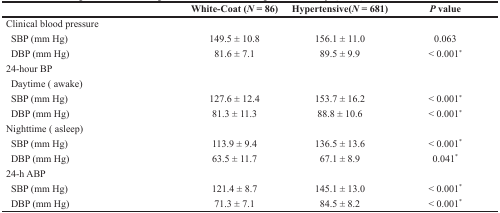
|  | White-Coat (N = 86) | Hypertensive(N = 681) | P value |
 | --- | --- | --- | --- |
 | Clinical blood pressure |  |  |  |
 | SBP (mm Hg) | 149.5 ± 10.8 | 156.1 ± 11.0 | 0.063 |
 | DBP (mm Hg) | 81.6 ± 7.1 | 89.5 ± 9.9 | < 0.001* |
 | 24-hour BP |  |  |  |
 | Daytime ( awake) |  |  |  |
 | SBP (mm Hg) | 127.6 ± 12.4 | 153.7 ± 16.2 | < 0.001* |
 | DBP (mm Hg) | 81.3 ± 11.3 | 88.8 ± 10.6 | < 0.001* |
 | Nighttime ( asleep) |  |  |  |
 | SBP (mm Hg) | 113.9 ± 9.4 | 136.5 ± 13.6 | < 0.001* |
 | DBP (mm Hg) | 63.5 ± 11.7 | 67.1 ± 8.9 | 0.041* |
 | 24-h ABP |  |  |  |
 | SBP (mm Hg) | 121.4 ± 8.7 | 145.1 ± 13.0 | < 0.001* |
 | DBP (mm Hg) | 71.3 ± 7.1 | 84.5 ± 8.2 | < 0.001* |